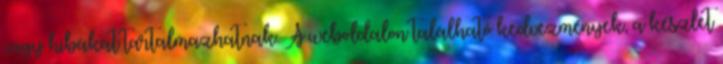
vagy hibákat tartalmazhatnak. A weboldalon található kedvezmények, a készlet